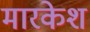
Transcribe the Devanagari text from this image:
मारकेश